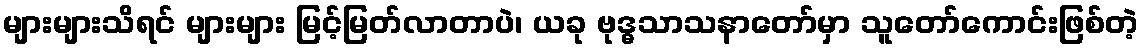
များများသိရင် များများ မြင့်မြတ်လာတာပဲ၊ ယခု ဗုဒ္ဓသာသနာတော်မှာ သူတော်ကောင်းဖြစ်တဲ့